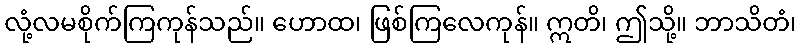
လုံ့လမစိုက်ကြကုန်သည်။ ဟောထ၊ ဖြစ်ကြလေကုန်။ ဣတိ၊ ဤသို့။ ဘာသိတံ၊